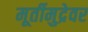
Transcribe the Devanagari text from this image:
मूर्तीमुद्रेवर